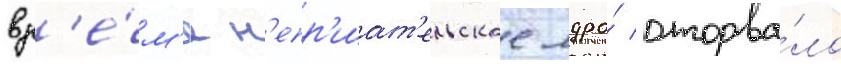
вр'е́м'я н'епр'иат'ельское ядро́ оторва́ло